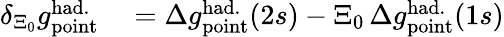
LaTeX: \begin{array}{rl}{\delta_{\Xi_{0}}g_{\mathrm{point}}^{\mathrm{had.}}}&{{}=\Delta{g}_{\mathrm{point}}^{\mathrm{had.}}(2s)-\Xi_{0}\, \Delta{g}_{\mathrm{point}}^{\mathrm{had.}}(1s)}\end{array}